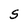
Character: S